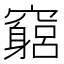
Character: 竆